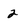
Character: 2